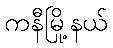
ကနီမြို့နယ်